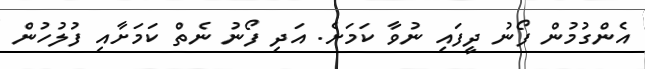
އެންގުމުން ފޯނު ދީފައި ނުވާ ކަމަށެ. އަދި ފޯނު ނެތް ކަމަށާއި ފުލުހުން